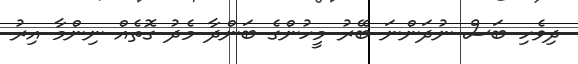
ދިވެހި ބަސް ނުދަންނަ ބޭރު މީހުންގެ ބަންދާ މެދު ގޮތެއް ނިންމާ އިރު